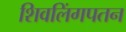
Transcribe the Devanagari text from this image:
शिवलिंगपतन